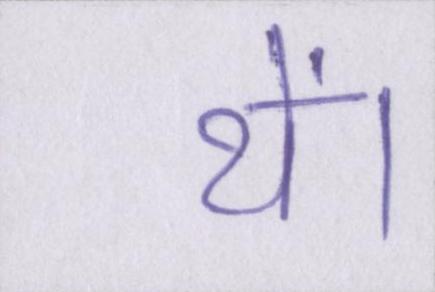
थें।